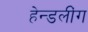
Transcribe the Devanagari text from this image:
हेन्डलींग